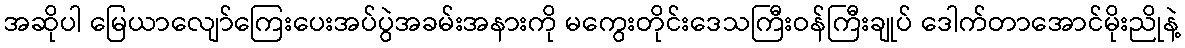
အဆိုပါ မြေယာလျော်ကြေးပေးအပ်ပွဲအခမ်းအနားကို မကွေးတိုင်းဒေသကြီးဝန်ကြီးချုပ် ဒေါက်တာအောင်မိုးညိုနဲ့